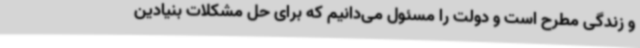
و زندگی مطرح است و دولت را مسئول می‌دانیم که برای حل مشکلات بنیادین